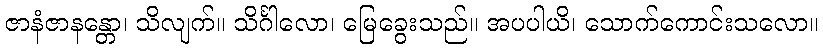
ဇာနံဇာနန္တော၊ သိလျက်။ သိင်္ဂါလော၊ မြေခွေးသည်။ အပပါယိ၊ သောက်ကောင်းသလော။